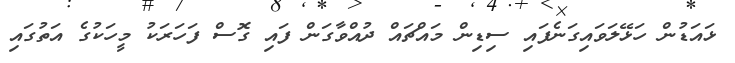
ޅައަޑުން ހަޅޭލަވައިގަނެފައި ސިޑިން މައްޗައް ދުއްވާގަން ފައި ގޮސް ފަހަރަކު މީހަކުގެ އަތުގައި